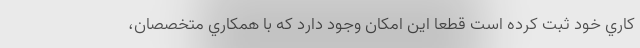
كاري خود ثبت كرده است قطعا اين امكان وجود دارد كه با همكاري متخصصان،